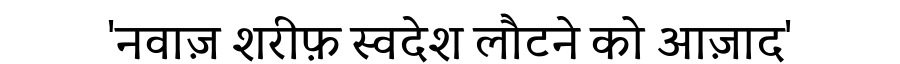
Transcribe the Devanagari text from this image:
'नवाज़ शरीफ़ स्वदेश लौटने को आज़ाद'